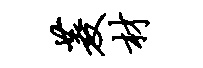
菱材